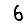
Digit: 6